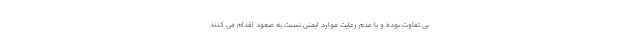
بی تفاوت بوده و با عدم رعایت موارد ایمنی نسبت به صعود اقدام می کنند